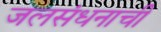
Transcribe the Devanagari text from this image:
जलसंधनाची